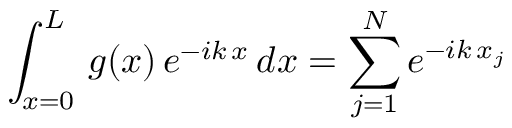
\int _ { x = 0 } ^ { L } \, g ( x ) \, e ^ { - i k \, x } \, d x = \sum _ { j = 1 } ^ { N } e ^ { - i k \, x _ { j } }